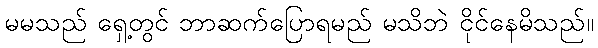
မမသည် ရှေ့တွင် ဘာဆက်ပြောရမည် မသိဘဲ ငိုင်နေမိသည်။